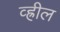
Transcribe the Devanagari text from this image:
व्ह्रील